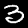
Digit: 3